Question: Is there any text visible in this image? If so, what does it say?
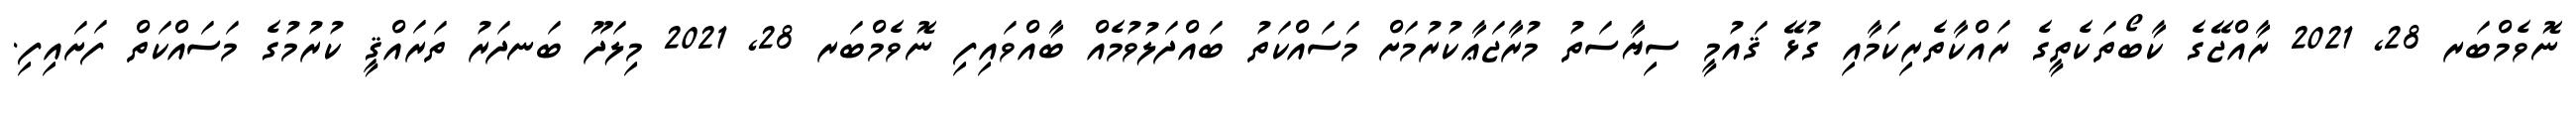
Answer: ނޮވެމްބަރ 28, 2021 ރާއްޖޭގެ ކާބޯތަކެތީގެ ރައްކާތެރިކަމާއި ގުޅޭ ޤައުމީ ސިޔާސަތު މުރާޖަޢާކުރުމަށް މަސައްކަތު ބައްދަލުވުމެއް ބާއްވައިފި ނޮވެމްބަރ 28, 2021 މިލަދޫ ބަނދަރު ތަރައްޤީ ކުރުމުގެ މަސައްކަތް ފަށައިފި.